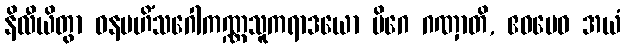
နိလီယိတွာ ဝနမဟိံသဂေါကဏ္ဏသူကရာဒယော မိဂေ ဂဏှာတိ, ဧဝမေဝ အယံ